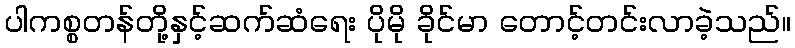
ပါကစ္စတန်တို့နှင့်ဆက်ဆံရေး ပိုမို ခိုင်မာ တောင့်တင်းလာခဲ့သည်။